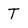
Character: T